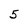
Character: 5